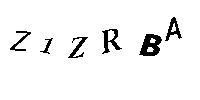
Z1ZRBA